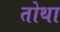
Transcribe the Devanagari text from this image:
तोथा